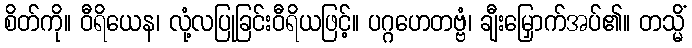
စိတ်ကို။ ဝီရိယေန၊ လုံ့လပြုခြင်းဝီရိယဖြင့်။ ပဂ္ဂဟေတဗ္ဗံ၊ ချီးမြှောက်အပ်၏။ တသ္မိံ